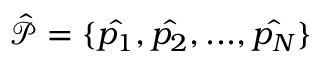
\mathcal { \hat { P } } = \{ \hat { p _ { 1 } } , \hat { p _ { 2 } } , . . . , \hat { p _ { N } } \}